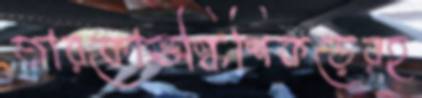
তারকোভস্কিশিকড়েরহ